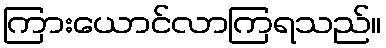
ကြားယောင်လာကြရသည်။